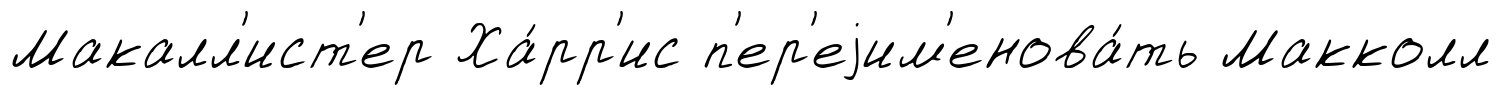
Макалл'ист'ер Ха́рр'ис п'ер'еjим'енова́ть Макколл